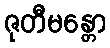
ဇုတီမန္တော